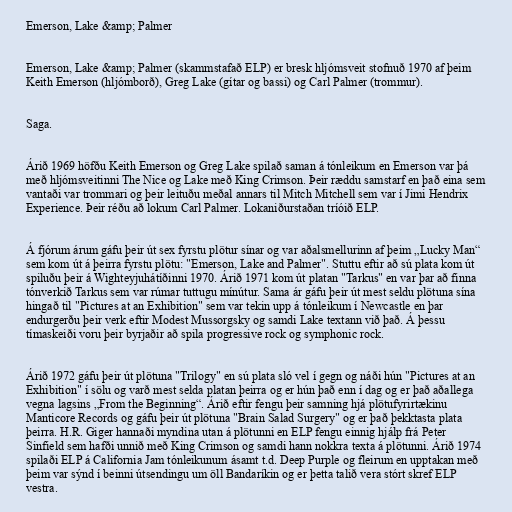
Emerson, Lake &amp; Palmer

Emerson, Lake &amp; Palmer (skammstafað ELP) er bresk hljómsveit stofnuð 1970 af þeim
Keith Emerson (hljómborð), Greg Lake (gítar og bassi) og Carl Palmer (trommur).

Saga.

Árið 1969 höfðu Keith Emerson og Greg Lake spilað saman á tónleikum en Emerson var þá
með hljómsveitinni The Nice og Lake með King Crimson. Þeir ræddu samstarf en það eina sem
vantaði var trommari og þeir leituðu meðal annars til Mitch Mitchell sem var í Jimi Hendrix
Experience. Þeir réðu að lokum Carl Palmer. Lokaniðurstaðan tríóið ELP.

Á fjórum árum gáfu þeir út sex fyrstu plötur sínar og var aðalsmellurinn af þeim „Lucky Man“
sem kom út á þeirra fyrstu plötu: "Emerson, Lake and Palmer". Stuttu eftir að sú plata kom út
spiluðu þeir á Wighteyjuhátíðinni 1970. Árið 1971 kom út platan "Tarkus" en var þar að finna
tónverkið Tarkus sem var rúmar tuttugu mínútur. Sama ár gáfu þeir út mest seldu plötuna sína
hingað til "Pictures at an Exhibition" sem var tekin upp á tónleikum í Newcastle en þar
endurgerðu þeir verk eftir Modest Mussorgsky og samdi Lake textann við það. Á þessu
tímaskeiði voru þeir byrjaðir að spila progressive rock og symphonic rock.

Árið 1972 gáfu þeir út plötuna "Trilogy" en sú plata sló vel í gegn og náði hún "Pictures at an
Exhibition" í sölu og varð mest selda platan þeirra og er hún það enn í dag og er það aðallega
vegna lagsins „From the Beginning“. Árið eftir fengu þeir samning hjá plötufyrirtækinu
Manticore Records og gáfu þeir út plötuna "Brain Salad Surgery" og er það þekktasta plata
þeirra. H.R. Giger hannaði myndina utan á plötunni en ELP fengu einnig hjálp frá Peter
Sinfield sem hafði unnið með King Crimson og samdi hann nokkra texta á plötunni. Árið 1974
spilaði ELP á California Jam tónleikunum ásamt t.d. Deep Purple og fleirum en upptakan með
þeim var sýnd í beinni útsendingu um öll Bandaríkin og er þetta talið vera stórt skref ELP
vestra.